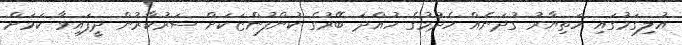
އުލިގަމުގައި ހަތިޔާރު ގުދަނެއް ހެދުމުގެ ހުއްދަ ބޭރުގެ ކުންފުންޏަކަށް ސަރުކާރުން ދީފައިވާ ކަމަށް